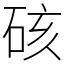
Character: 硋